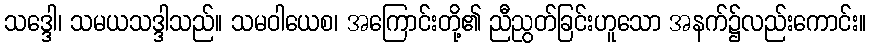
သဒ္ဒေါ၊ သမယသဒ္ဒါသည်။ သမဝါယေစ၊ အကြောင်းတို့၏ ညီညွတ်ခြင်းဟူသော အနက်၌လည်းကောင်း။